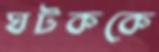
ঘটককে